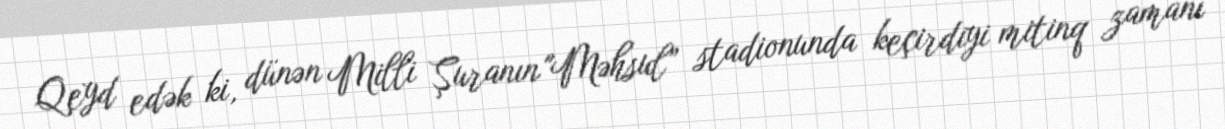
Qeyd edək ki, dünən Milli Şuranın "Məhsul” stadionunda keçirdiyi mitinq zamanı